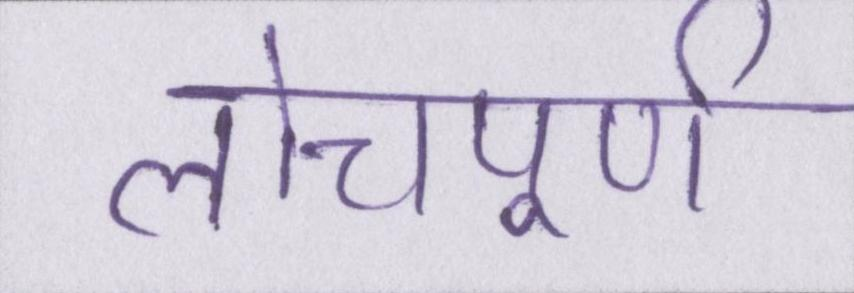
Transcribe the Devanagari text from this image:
लोचपूर्ण